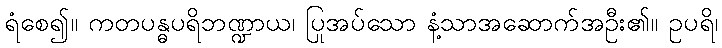
ရံစေ၍။ ကတပန္ဓပရိဘဏ္ဍာယ၊ ပြုအပ်သော နံ့သာအဆောက်အဦး၏။ ဥပရိ၊